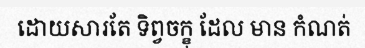
ដោយសារតែ ទិព្វចក្ខុ ដែល មាន កំណត់